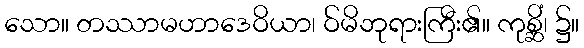
သော။ တဿာမဟာဒေဝိယာ၊ ဝ်မိဘုရားကြီး၏။ ကုစ္ဆိံ၊ ၌။